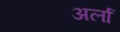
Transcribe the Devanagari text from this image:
अर्ला